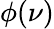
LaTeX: \phi(\nu)